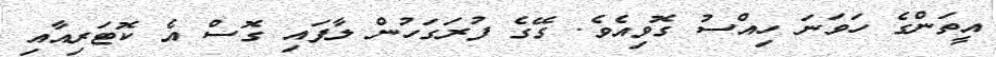
އީތަންގެ ހަވަނަ ހިއްސު ގޮވިއެވެ. ގޭގެ ފުރަގަހުން ލާފައި ގޮސް އެ ކޮޓަރިއާއި